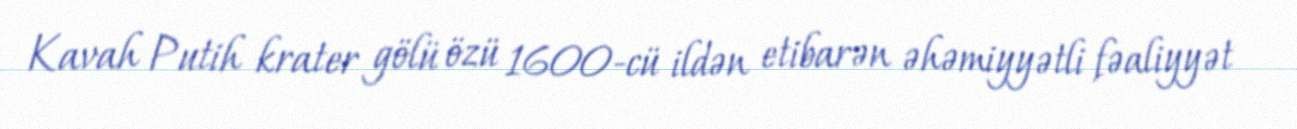
Kavah Putih krater gölü özü 1600-cü ildən etibarən əhəmiyyətli fəaliyyət